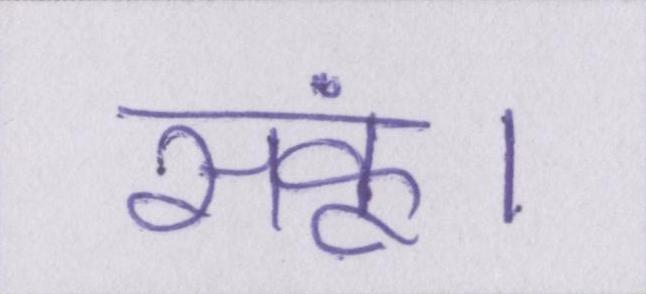
सकूं।